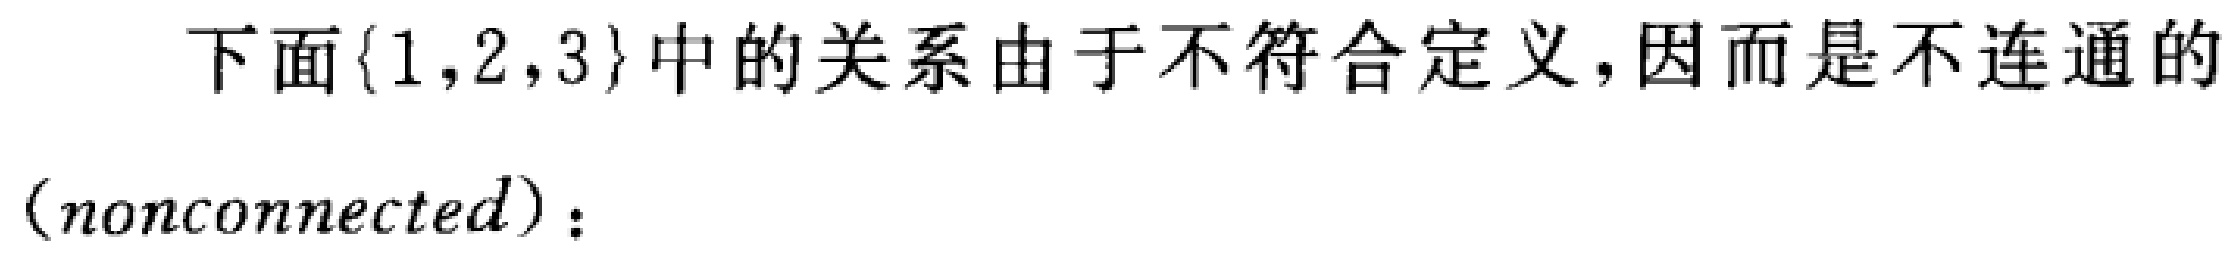
下面\(\{1,2,3\}\)中的关系由于不符合定义，因而是不连通的（nonconnected）：